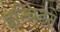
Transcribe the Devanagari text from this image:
इन्ग्रिडने